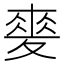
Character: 𡕲